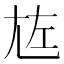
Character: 㝾